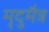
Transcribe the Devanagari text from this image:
मृदुमैत्र